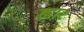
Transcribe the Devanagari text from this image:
ह्वार